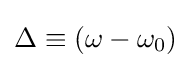
\Delta \equiv (\omega -\omega _{0})